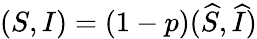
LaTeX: (S,I)=(1-p)(\widehat{S},\widehat{I})